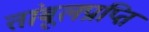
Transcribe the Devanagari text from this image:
तांबूलप्राप्ति